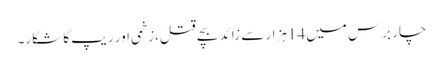
چار برس میں 14ہزار سے زائد بچے قتل،زخمی اور ریپ کا شکار۔